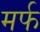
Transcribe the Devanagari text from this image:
मर्फ